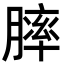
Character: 膟